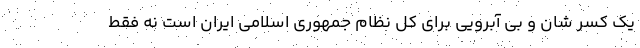
یک کسر شان و بی آبرویی برای کل نظام جمهوری اسلامی ایران است نه فقط